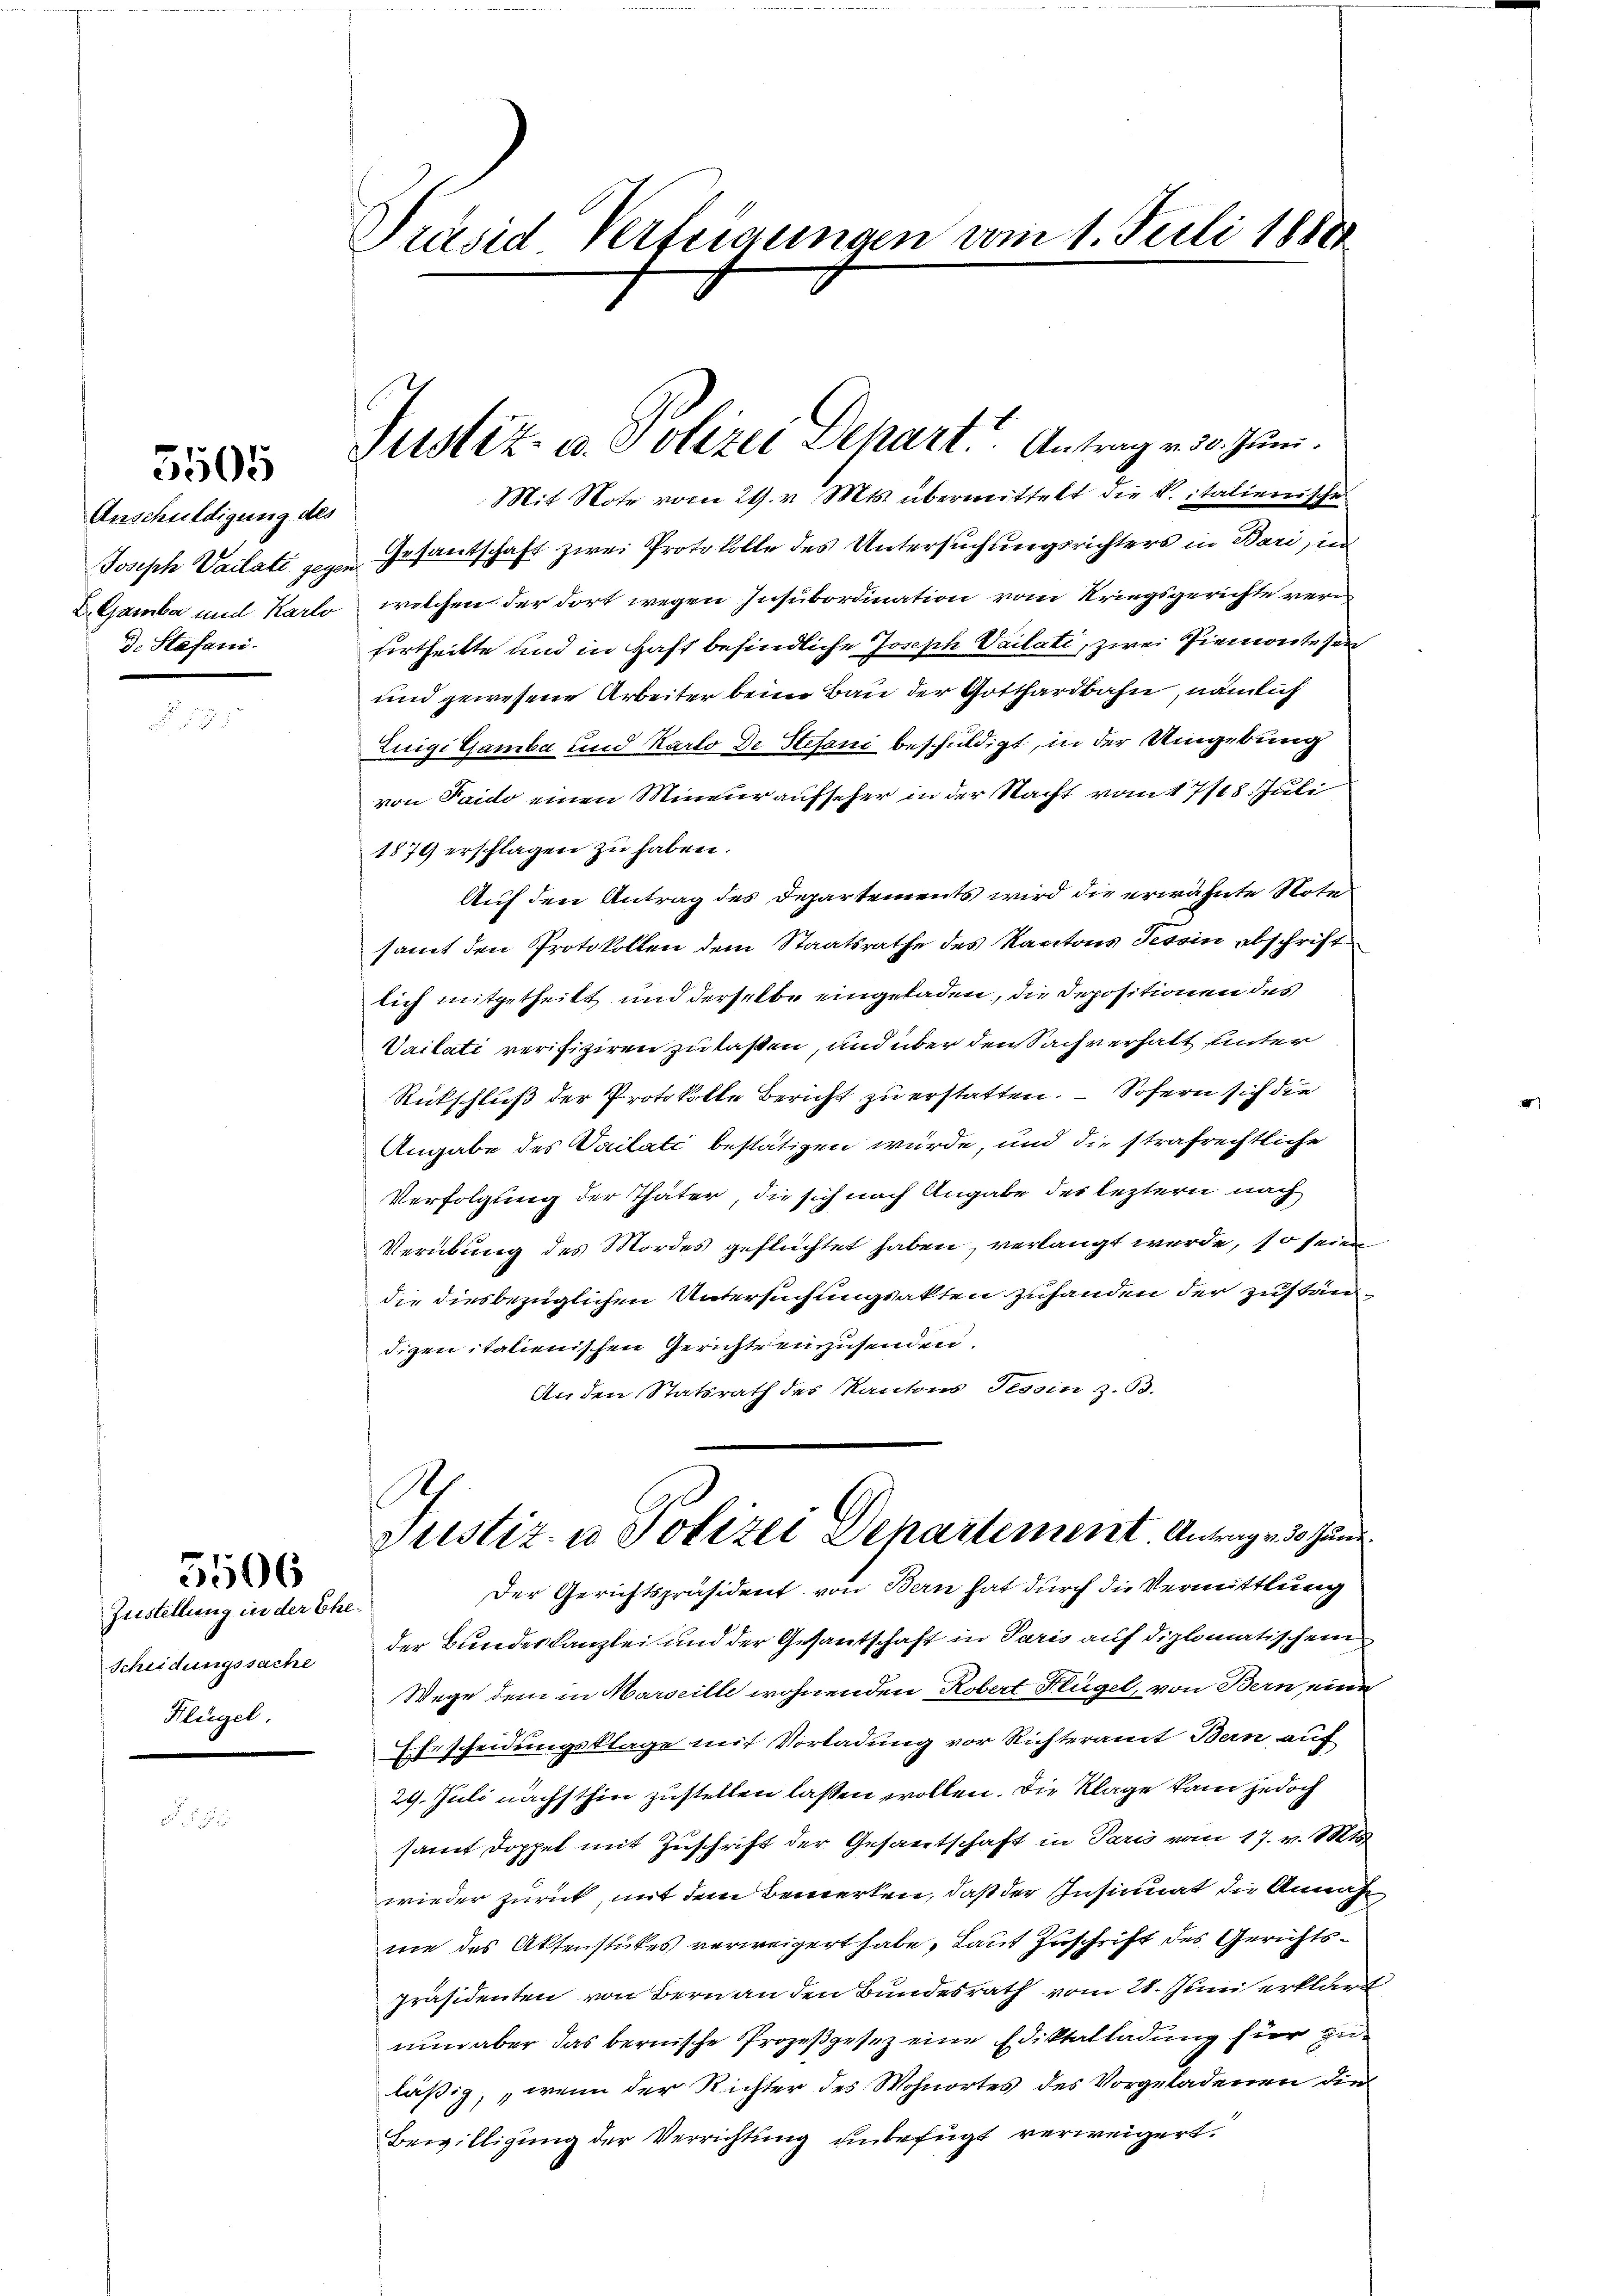
5505

Anschuldigung des
Joseph Vailati gegen
D. Gambar und Karlo
d. Stäfani.

5506

Zustellung in der Ehe.
Scheidungssache
Klügel.

Präsid Verfeigungen vom 1. Juli 1880

Justiz- u. Polizei Depart. Antrag v. 30. Juni.

Mit Note vom 29. v. Mts. übermittelt die Vitalienische
Gesantschaft zwei Protokolle des Untersuchungsrichters in Bari, in
welchen der dort wegen Insubordination vom Kriegsgerichte versurtheilte und in Haft befindliche Joseph Vailati, zwei Piemonte sei
und gewesene Arbeiter beim Bau der Gotthardbahn, nämlich
Luigi Gamba und Karto De Stefani beschuldigt, in der Umgebung
von Paido einen Mineur aufseher in der Nacht vom 17/18. Juli
1879 erschlagen zu haben.
Auf den Antrag des Departements wird die erwähnte Note
samt den Protokollen dem Staatsrathe des Kantons Tessin abschrift
lich mitgetheilt und derselbe eingeladen, die Depositionen des
Vaitati verifiziren zu laßen, und über den Sachverhalt unter
Rückschluß der Protokolle Bericht zu erstatten. – Sofern sich die
Angabe des Sailati bestätigen würde, und die strafrechtliche
Verfolgung der Thäter, die sich nach Angabe des leztern nach
Verübung des Mordes geflüchtet haben, verlangt werde, so sein
die diesbezüglichen Untersuchungsakten zuhanden der zuständigen italienischen Gericht einzusenden.
Anden Statsrath des Kantons Tessin z. B.
A
Justiz- u Polizei Departement Antrag v. 30 Juni
Der Gerichtspräsident von Bern hat durch die Vermittlung
der Bundeskanzlei und der Gesantschaft in Paris auf diplomatischem
Wege dem in Marseille wohnenden Robert Flügel, von Bern, eine
Ehrscheidungsklage mit Vorladung vor Richteramt Bern auf
29. Juli nächsthin zustellen lassen wollen. Die Klage kam jedoch
samt doppel mit Zuschrift der Gesantschaft in Paris vom 17. v. Mts
wieder zurück, mit dem Bewerken, daß der Insinuat die Annahme des Aktenstückes verweigert habe, Laut Zuschrift des Gerichtspräsidenten von Bern an den Bundesrath vom 21. Juni erklärt
nun aber das bernische Prozeßgesez eine Ediktalladung für zu
läßig, „wenn der Richter des Wohnortes des Vorgeladenen die
Bewilligung der Verrichtung unbefugt verweigert.